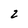
Character: 2